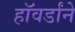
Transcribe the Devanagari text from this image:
हॉवर्डांने